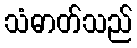
သံဓာတ်သည်